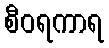
စီဝရကာရ